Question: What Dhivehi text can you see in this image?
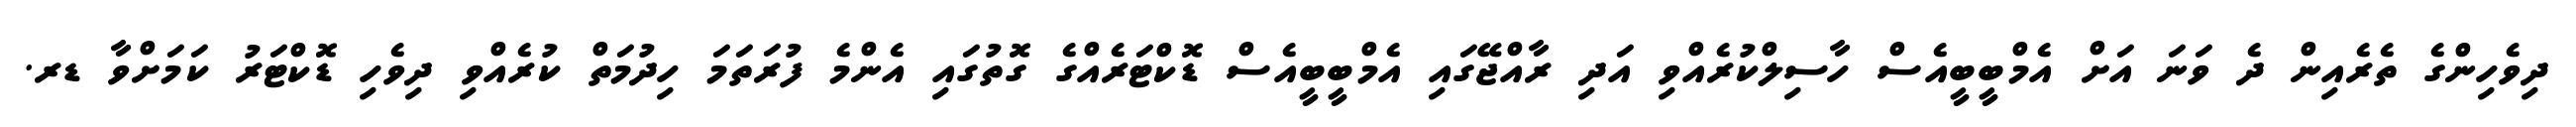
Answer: ދިވެހިންގެ ތެރެއިން ދެ ވަނަ އަށް އެމްބީބީއެސް ހާސިލްކުރެއްވި އަދި ރާއްޖޭގައި އެމްބީބީއެސް ޑޮކްޓަރެއްގެ ގޮތުގައި އެންމެ ފުރަތަމަ ހިދުމަތް ކުރެއްވި ދިވެހި ޑޮކްޓަރު ކަމަށްވާ ޑރ.